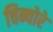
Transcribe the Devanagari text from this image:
चिन्चोरे